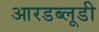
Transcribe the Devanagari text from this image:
आरडब्लूडी